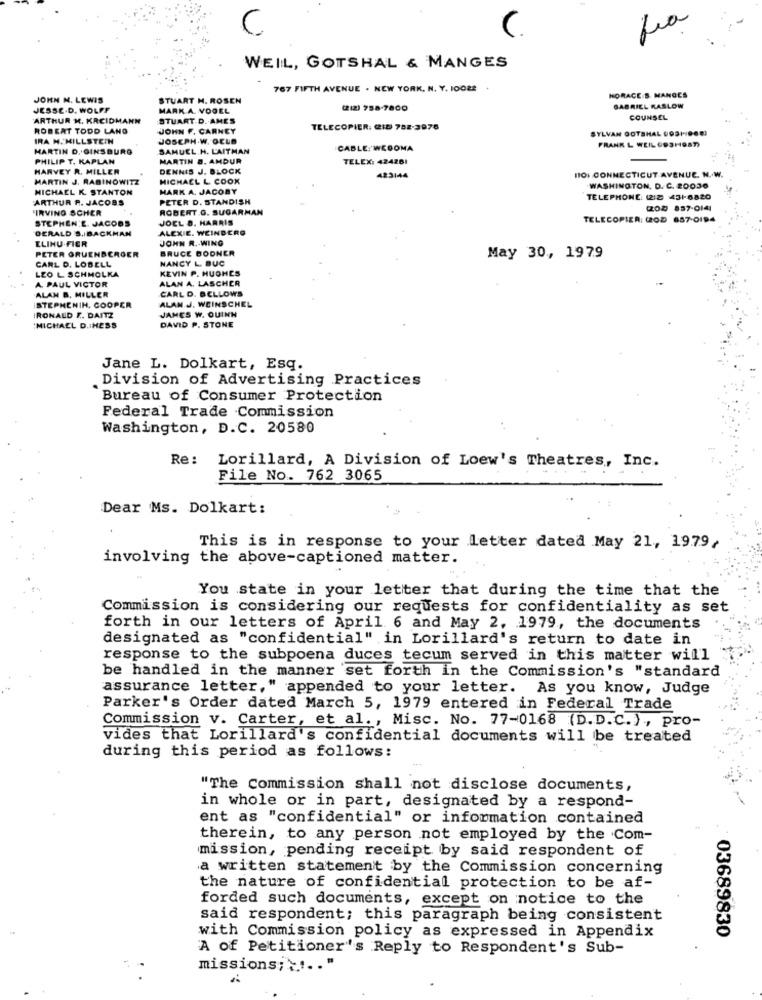
C
WEIL, GOTSHAL & MANGES
767 FIFTH AVENUE . NEW YORK, N. Y. 100ŁE
JOHN N. LEWIS
STUART H. ROSEN
HORACE S. MANGES
JESSE.D. WOLFF
MARK A. VOGEL
(212) 758-7800
GABRIEL KASLOW
ARTHUR M. KRCIDMANN
STUART D. AMES
COUNSEL
ROBERT TODD LANG
JOHN F. CARNET
TELECOPIER: CI8 782-3976
SYLVAN GOTSHAL 0931-10001
IRA M. MILLSTEIN
JOSEPH.W. OCLE
FRANK L WEIL 693HOST
MARTIN D. GINSBURG
SAMUEL.H. LAITMAN
CABLE: WCDOMA
PHILIP T. KAPLAN
MARTIN &. AMDUR
TELEX: 424201
HARVEY R. MILLER
DENNIS J. BLOCK
MARTIN J. RABINOWITZ
MICHAEL L. COOK
423144
NOI CONNECTICUT AVENUE. N. W.
MICHAEL K. STANTON
HARK A. JACOBY
WASHINGTON, D. C. 20036
ARTHUR R. JACOBS
PETER D. STANDISH
TELEPHONE: (2:2 431-6820
'IRVING SCHER
ROBERT G. SUGARMAN
(20%) 857-0141
STEPHEN E. JACOBS
JOCL D. HARRIS
TELECOPIER: (202 687-0194
DERALD S. BACKMAN
ALEXIE. WEINBERG
ELIHU-FIER
JOHN R .- WING
PETER GRUENBERGER
BRUCE BODNER
CARL D. LOBELL
NANCY L. BUC
May 30, 1979
LEO L. SCHMOLKA
KEVIN P. HUGHES
A. PAUL VICTOR
ALAN A. LASCHER
CARL D. BELLOWS
ALAN B. MILLER
ALAN J. WEINSCHEL
STEPHENIN. COOPER
JAMES W. QUINN
RONALD F. DAITZ
:MICHAEL D.IHESS
DAVID P. STONE
Jane L. Dolkart, Esq.
Division of Advertising Practices
Bureau of Consumer Protection
Federal Trade Commission
Washington, D.C. 20580
Re :
Lorillard, A Division of Loew's Theatres, Inc.
File No. 762 3065
Dear Ms. Dolkart:
This is in response to your letter dated May 21, 1979/
involving the above-captioned matter.
You state in your letter that during the time that the
Commission is considering our requests for confidentiality as set
forth in our letters of April 6 and May 2, 1979, the documents
designated as "confidential" in Lorillard's return to date in
response to the subpoena duces tecum served in this matter will
be handled in the manner set forth in the Commission's "standard
assurance letter," appended to your letter. As you know, Judge
Parker's Order dated March 5, 1979 entered in Federal Trade
Commission v. Carter, et al. , Misc. No. 77-0168 (D.D.C.), pro-
vides that Lorillard's confidential documents will be treated
during this period as follows:
"The Commission shall not disclose documents,
in whole or in part, designated by a respond-
ent as "confidential" or information contained
therein, to any person not employed by the .Com-
mission, pending receipt by said respondent of
a written statement by the Commission concerning
the nature of confidential protection to be af-
forded such documents, except on notice to the
said respondent; this paragraph being consistent
03689830
with Commission policy as expressed in Appendix
A of Petitioner's Reply to Respondent's Sub-
missions; \ .. "